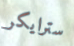
سترايكر